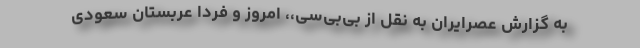
به گزارش عصرایران به نقل از بی‌بی‌سی،، امروز و فردا عربستان سعودی